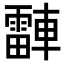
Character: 𬧾